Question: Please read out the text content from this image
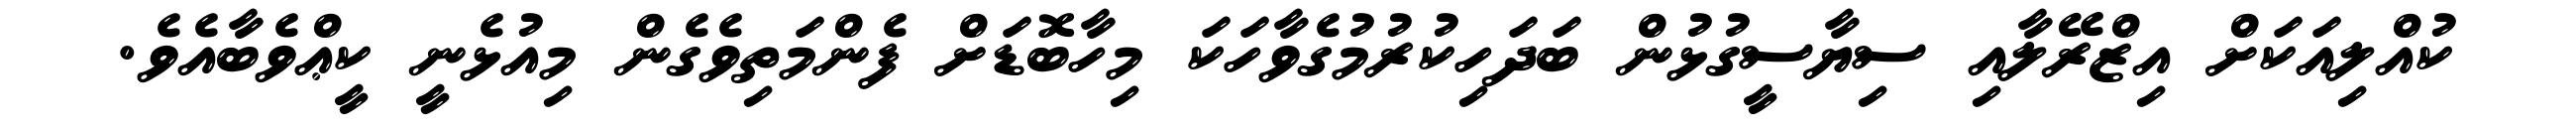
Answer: ކުއްލިއަކަށް އިޒްރޭލާއި ސިޔާސީގުޅުން ބަދަހިކުރުމުގެވާހަކަ މިހާބޮޑަށް ފެންމަތިވެގެން މިއުޅެނީ ކީޢްވެބާއެވެ.